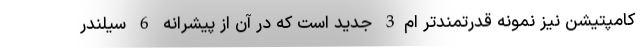
کامپتیشن نیز نمونه قدرتمندتر ام3 جدید است که در آن از پیشرانه 6 سیلندر